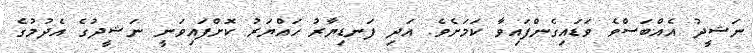
ނަޝީދު އެއްބަސްވެ ވަޑައިގެންފައިވާ ކަމަށެވެ. އަދި ފަނޑިޔާރު ހައްޔަރު ކޮށްފައިވަނީ ނަޝީދުގެ އެދުމުގެ